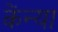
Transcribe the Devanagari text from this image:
केंन्या